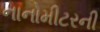
નાનોમીટરની